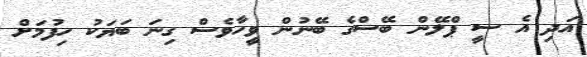
އަދި އެ ސީ ޕްލޭން ބޭސްގެ ބޭނުން ވީހާވެސް ގިނަ ބަޔަކު ހިފުމަށް